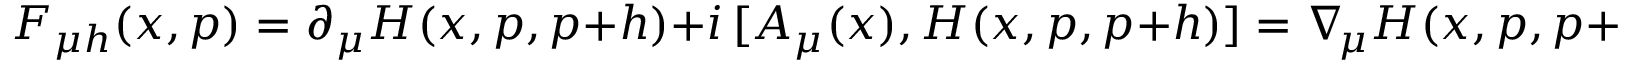
F _ { \mu h } ( x , p ) = \partial _ { \mu } H ( x , p , p + h ) + i \, [ A _ { \mu } ( x ) , H ( x , p , p + h ) ] = \nabla \! _ { \mu } H ( x , p , p + h ) .